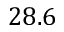
2 8 . 6